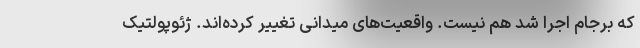
که برجام اجرا شد هم نیست. واقعیت‌های میدانی تغییر کرده‌اند. ژئوپولتیک